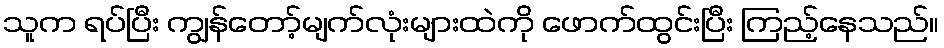
သူက ရပ်ပြီး ကျွန်တော့်မျက်လုံးများထဲကို ဖောက်ထွင်းပြီး ကြည့်နေသည်။